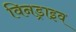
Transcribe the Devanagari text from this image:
विनड्राइव